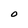
Character: O